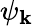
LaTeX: \psi_{\mathbf{k}}